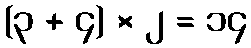
(၃ + ၄) × ၂ = ၁၄